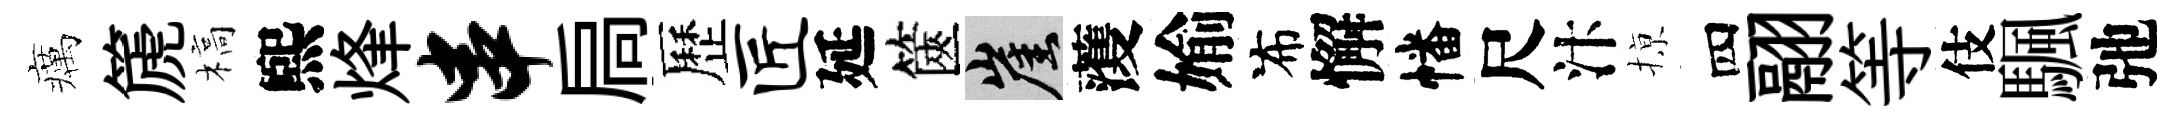
癘篪槁煕烽串扃歷匠延篋崖𮑮媮布懈幡尺汴𢱊四翮等伎颿弛